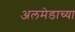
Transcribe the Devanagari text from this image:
अलमेडाच्या